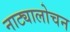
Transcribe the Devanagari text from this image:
नाट्यालोचन